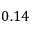
0 . 1 4